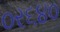
૦ર૬૪૦